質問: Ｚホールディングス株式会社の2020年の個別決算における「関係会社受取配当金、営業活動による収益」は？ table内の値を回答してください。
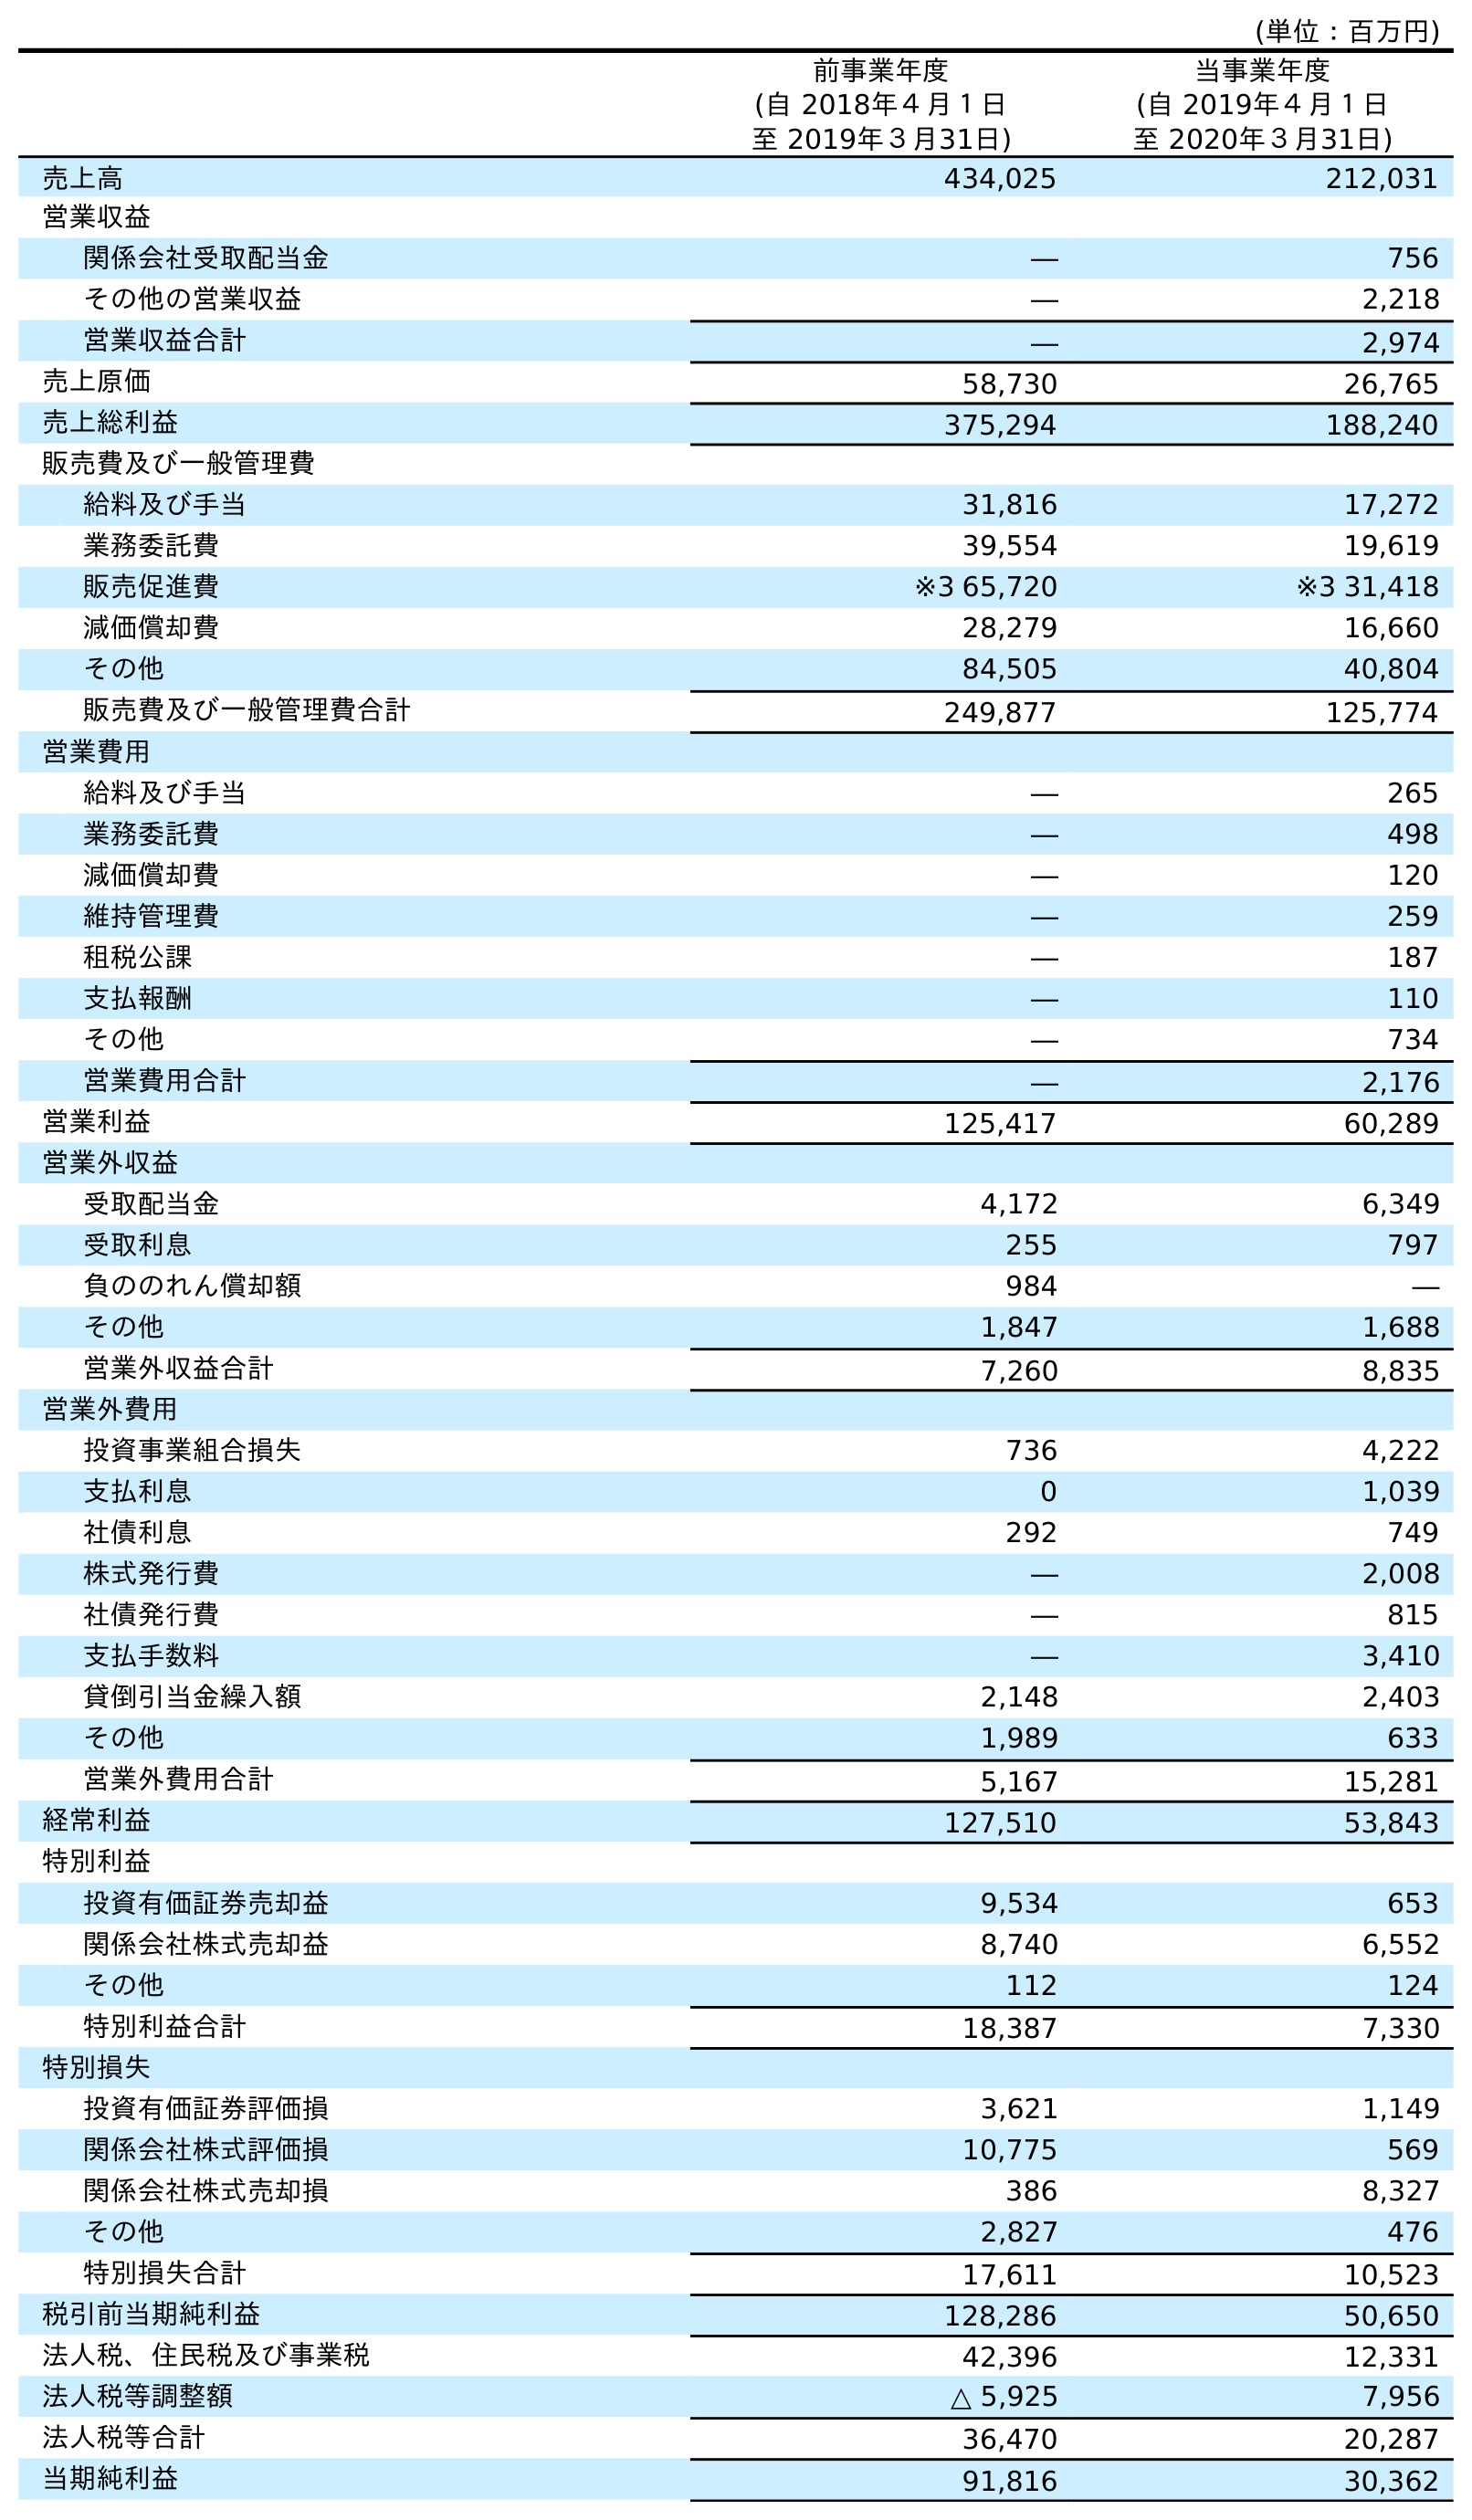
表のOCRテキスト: (単位：百万円) 前事業年度 (自 2018年４月１日 至 2019年３月31日) 当事業年度 (自 2019年４月１日 至 2020年３月31日) 売上高 434,025 212,031 営業収益 関係会社受取配当金 ― 756 その他の営業収益 ― 2,218 営業収益合計 ― 2,974 売上原価 58,730 26,765 売上総利益 375,294 188,240 販売費及び一般管理費 給料及び手当 31,816 17,272 業務委託費 39,554 19,619 販売促進費 ※3 65,720 ※3 31,418 減価償却費 28,279 16,660 その他 84,505 40,804 販売費及び一般管理費合計 249,877 125,774 営業費用 給料及び手当 ― 265 業務委託費 ― 498 減価償却費 ― 120 維持管理費 ― 259 租税公課 ― 187 支払報酬 ― 110 その他 ― 734 営業費用合計 ― 2,176 営業利益 125,417 60,289 営業外収益 受取配当金 4,172 6,349 受取利息 255 797 負ののれん償却額 984 ― その他 1,847 1,688 営業外収益合計 7,260 8,835 営業外費用 投資事業組合損失 736 4,222 支払利息 0 1,039 社債利息 292 749 株式発行費 ― 2,008 社債発行費 ― 815 支払手数料 ― 3,410 貸倒引当金繰入額 2,148 2,403 その他 1,989 633 営業外費用合計 5,167 15,281 経常利益 127,510 53,843 特別利益 投資有価証券売却益 9,534 653 関係会社株式売却益 8,740 6,552 その他 112 124 特別利益合計 18,387 7,330 特別損失 投資有価証券評価損 3,621 1,149 関係会社株式評価損 10,775 569 関係会社株式売却損 386 8,327 その他 2,827 476 特別損失合計 17,611 10,523 税引前当期純利益 128,286 50,650 法人税、住民税及び事業税 42,396 12,331 法人税等調整額 △ 5,925 7,956 法人税等合計 36,470 20,287 当期純利益 91,816 30,362
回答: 756